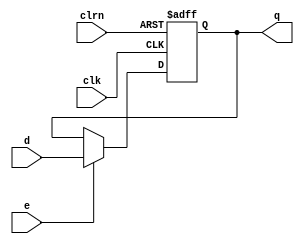
// the 32-bit register with enable control
module dffe32 (d,clk,clrn,e,q);   // a 32-bit register
  input       [31:0]  d;          // input d 
  input               e;          // enable
  input               clk, clrn;  // clock, clear(reset)
  output  reg [31:0]  q;          // output q
  always @(negedge clrn or posedge clk)
    if  (!clrn) q <= 0;           // if q = 0, then reset
    else if (e) q <= d;           // if enabled, then save d
endmodule